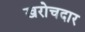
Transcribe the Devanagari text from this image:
खरोचदार